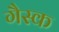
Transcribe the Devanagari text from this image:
गैस्क